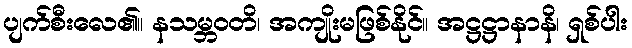
ပျက်စီးလေ၏။ နသမ္ဘဝတိ၊ အကျိုးမဖြစ်နိုင်။ အဋ္ဌဋ္ဌာနာနိ၊ ရှစ်ပါး